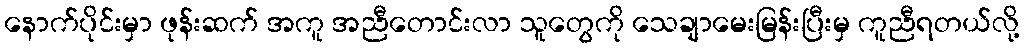
နောက်ပိုင်းမှာ ဖုန်းဆက် အကူ အညီတောင်းလာ သူတွေကို သေချာမေးမြန်းပြီးမှ ကူညီရတယ်လို့